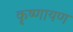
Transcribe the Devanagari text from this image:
कृष्णायण